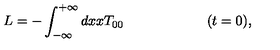
L = - \int _ { - \infty } ^ { + \infty } d x x T _ { 0 0 } \qquad \qquad \qquad ( t = 0 ) ,